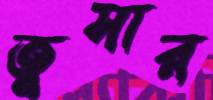
তুসার